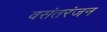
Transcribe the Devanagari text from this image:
वसंतरंजन